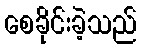
စေခိုင်းခဲ့သည်